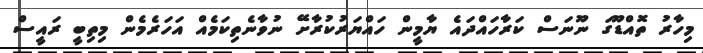
މިހާރު ތޮއްޑޫގަ ނޫނަސް ކަރާހައްދައެ ޔާމީން ހަައްޔަރުކުރާށޭ ނުވާނެތިކަމެއް އަހަރެމެން މިތިިބީ ރައީސް